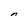
Character: n